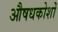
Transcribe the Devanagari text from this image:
औषधकोशों